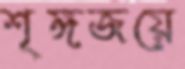
শৃঙ্গজয়ে